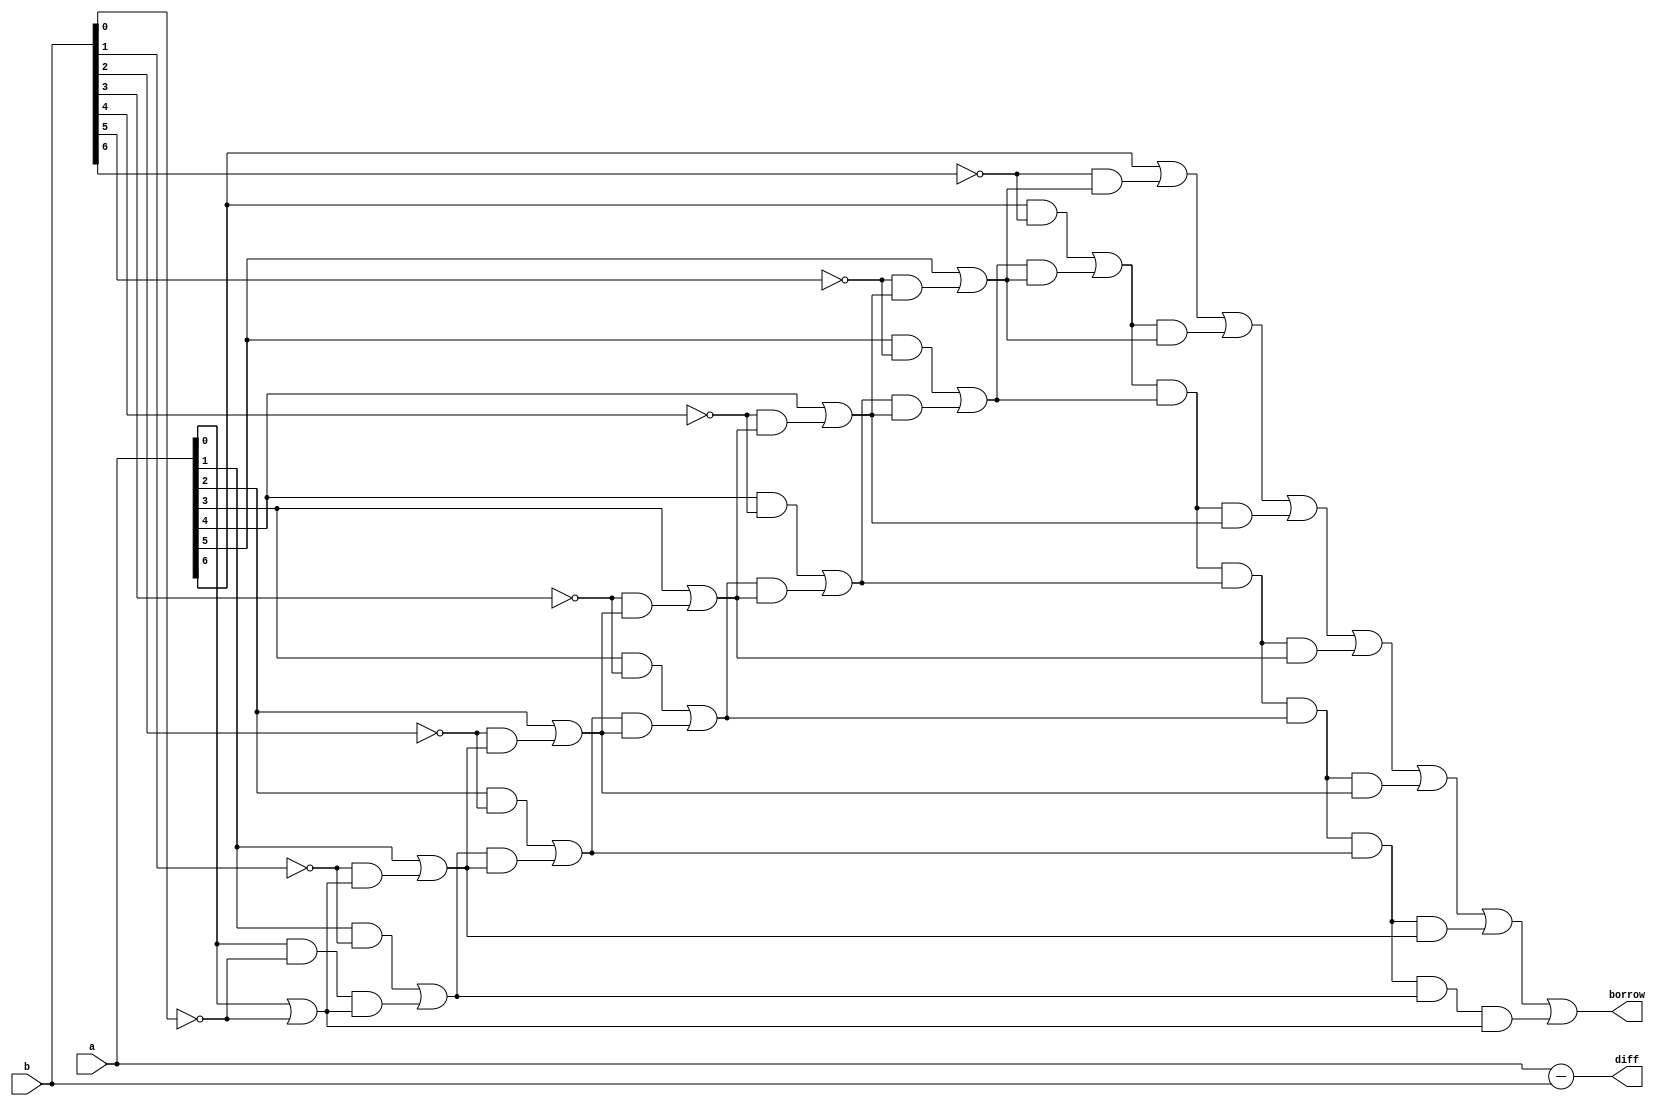
module carry_lookahead_subtractor (
    input wire [7:0] a,
    input wire [7:0] b,
    output wire [7:0] diff,
    output wire borrow
);

// Intermediate signals
wire [6:0] p, g, c;

// Generate and propagate signals
assign p[0] = a[0] & ~b[0];
assign g[0] = a[0] | ~b[0];
assign p[1] = a[1] & ~b[1] | p[0] & g[0];
assign g[1] = a[1] | ~b[1] & g[0];
assign p[2] = a[2] & ~b[2] | p[1] & g[1];
assign g[2] = a[2] | ~b[2] & g[1];
assign p[3] = a[3] & ~b[3] | p[2] & g[2];
assign g[3] = a[3] | ~b[3] & g[2];
assign p[4] = a[4] & ~b[4] | p[3] & g[3];
assign g[4] = a[4] | ~b[4] & g[3];
assign p[5] = a[5] & ~b[5] | p[4] & g[4];
assign g[5] = a[5] | ~b[5] & g[4];
assign p[6] = a[6] & ~b[6] | p[5] & g[5];
assign g[6] = a[6] | ~b[6] & g[5];

// Carry computation
assign c[0] = g[0];
assign c[1] = g[1] | p[1] & g[0];
assign c[2] = g[2] | p[2] & g[1] | p[2] & p[1] & g[0];
assign c[3] = g[3] | p[3] & g[2] | p[3] & p[2] & g[1] | p[3] & p[2] & p[1] & g[0];
assign c[4] = g[4] | p[4] & g[3] | p[4] & p[3] & g[2] | p[4] & p[3] & p[2] & g[1] | p[4] & p[3] & p[2] & p[1] & g[0];
assign c[5] = g[5] | p[5] & g[4] | p[5] & p[4] & g[3] | p[5] & p[4] & p[3] & g[2] | p[5] & p[4] & p[3] & p[2] & g[1] | p[5] & p[4] & p[3] & p[2] & p[1] & g[0];
assign c[6] = g[6] | p[6] & g[5] | p[6] & p[5] & g[4] | p[6] & p[5] & p[4] & g[3] | p[6] & p[5] & p[4] & p[3] & g[2] | p[6] & p[5] & p[4] & p[3] & p[2] & g[1] | p[6] & p[5] & p[4] & p[3] & p[2] & p[1] & g[0];

// Difference computation
assign diff = a - b;

// Borrow flag
assign borrow = c[6];

endmodule